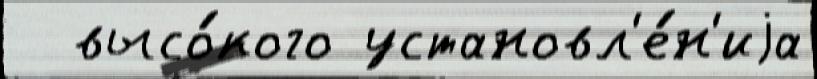
  высо́кого установл'е́н'иjа